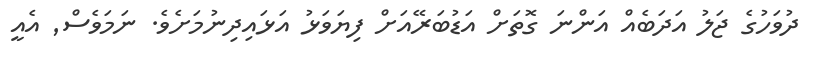
ދުވަހުގެ ޖަލު އަދަބެއް އަންނަ ގޮތަށް އަޑުބަރޭއަށް ފިޔަވަޅު އަޅައިދިނުމަށެވެ. ނަމަވެސް